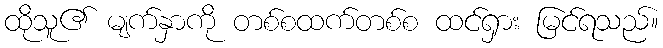
ထိုသူ၏ မျက်နှာကို တစ်စထက်တစ်စ ထင်ရှား မြင်ရသည်။